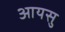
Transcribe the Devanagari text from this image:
आयसु